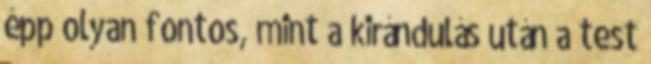
épp olyan fontos, mint a kirándulás után a test